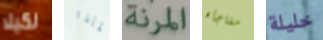
لكيلا لماذا المرنة مفاجأه خليلة